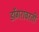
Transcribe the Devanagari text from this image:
डोंगरावरती